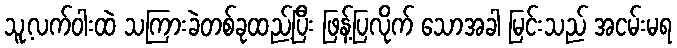
သူ့လက်ဝါးထဲ သကြားခဲတစ်ခုထည့်ပြီး ဖြန့်ပြလိုက် သောအခါ မြင်းသည် အငမ်းမရ